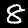
Label: 8